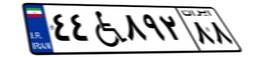
۶۰W۳۹۰۷۱